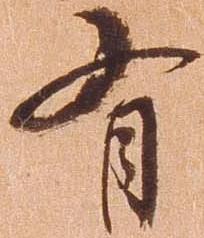
有